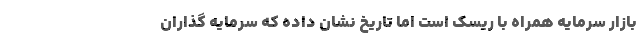
بازار سرمایه همراه با ریسک است اما تاریخ نشان داده که سرمایه گذاران